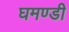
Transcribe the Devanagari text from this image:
घमण्‍डी